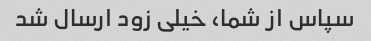
سپاس از شما، خیلی زود ارسال شد